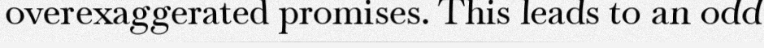
overexaggerated promises. This leads to an odd